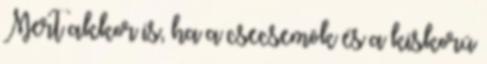
Mert akkor is, ha a csecsemõk és a kiskorú